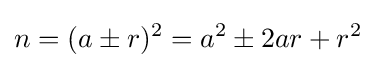
n=(a\pm r)^{2}=a^{2}\pm 2ar+r^{2}\